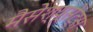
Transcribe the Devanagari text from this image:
मैसेश्यूसेट्स